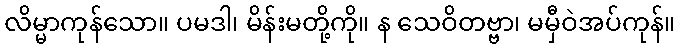
လိမ္မာကုန်သော။ ပမဒါ၊ မိန်းမတို့ကို။ န သေဝိတဗ္ဗာ၊ မမှီဝဲအပ်ကုန်။